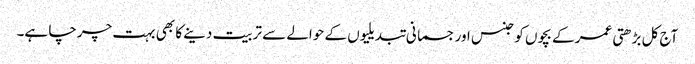
آج کل بڑھتی عمر کے بچوں کو جنس اور جسمانی تبدیلیوں کے حوالے سے تربیت دینے کا بھی بہت چرچا ہے۔